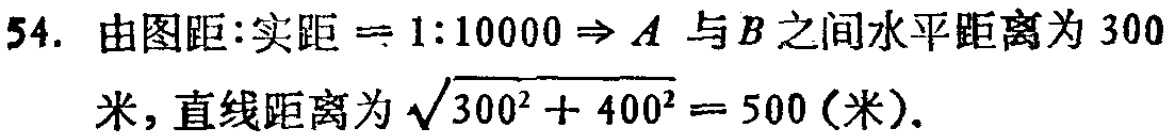
54. 由图距:实距$ = 1:10000\Rightarrow A$与$B$之间水平距离为$300$米, 直线距离为$\sqrt{300^{2}+400^{2}} = 500$(米).